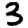
Digit: 3